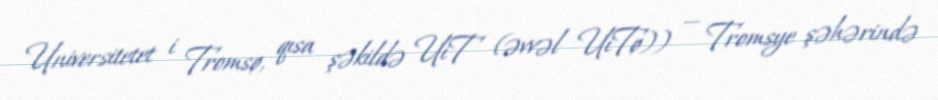
Universitetet i Tromsø, qısa şəkildə UiT (əvvəl UiTø)) — Tromsye şəhərində